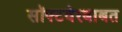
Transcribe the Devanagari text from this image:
सॉफ्टवेरबाबत